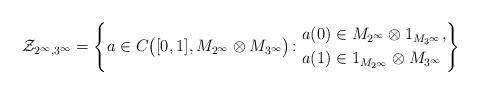
LaTeX: \begin{align*}\mathcal{Z}_{2^\infty,3^\infty}=\left\{a\in C\big([0,1], M_{2^\infty}\otimes M_{3^\infty}\big)\colon \begin{aligned}&a(0)\in M_{2^\infty}\otimes 1_{M_{3^\infty}},\\& a(1)\in 1_{ M_{2^\infty}}\otimes M_{3^\infty}\end{aligned}\right\}\end{align*}